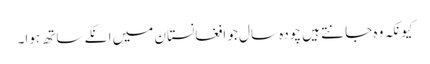
کیونکہ وہ جانتے ہیں چودہ سال جو افغانستان میں انکے ساتھ ہوا۔